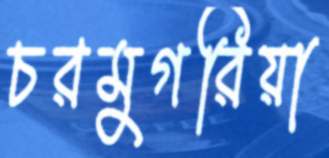
চরমুগরিয়া